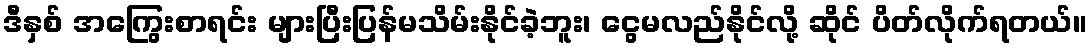
ဒီနှစ် အကြွေးစာရင်း များပြီးပြန်မသိမ်းနိုင်ခဲ့ဘူး၊ ငွေမလည်နိုင်လို့ ဆိုင် ပိတ်လိုက်ရတယ်။